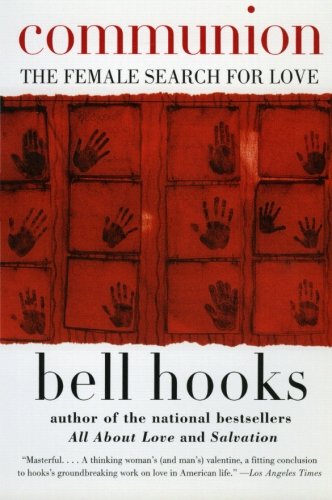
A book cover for Communion: The Female Search for Love; bell hooks; Politics & Social Sciences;